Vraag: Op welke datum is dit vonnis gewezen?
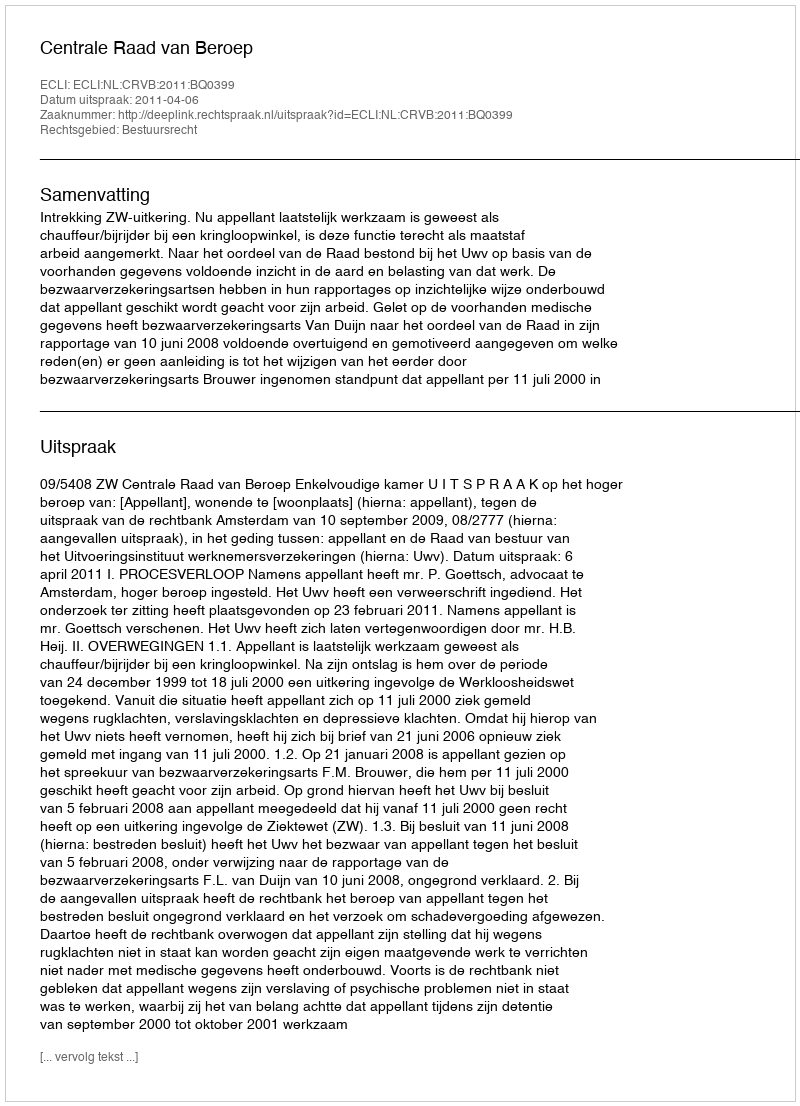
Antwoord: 2011-04-06